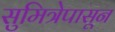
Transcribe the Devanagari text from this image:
सुमित्रेपासून